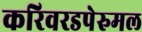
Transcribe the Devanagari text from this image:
करिवरडपेरुमल